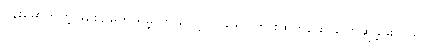
ဗန်းမှောက်တဲ့ဖြစ်စဉ်တွေ ရှိခဲ့ တယ်လို့ လူသိရှင်ကြားထုတ်ဖော် ပြောဆိုခဲ့ဖူးတယ်။